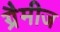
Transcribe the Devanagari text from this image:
ग्रैमीज